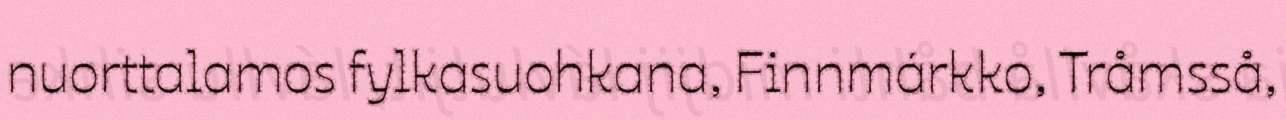
nuorttalamos fylkasuohkana, Finnmárkko, Tråmsså,